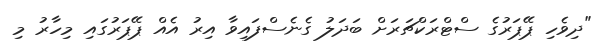
"ދިވެހި ޕޭޕަރުގެ ސްޓްރަކްޗަރަށް ބަދަލު ގެނެސްފައިވާ އިރު އެއް ޕޭޕަރުގައި މިހާރު މި